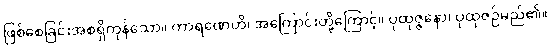
ဖြစ်စေခြင်းအစရှိကုန်သော။ ကာရဏေဟိ၊ အကြောင်းတို့ကြောင့်။ ပုထုဇ္ဇနော၊ ပုထုဇဉ်မည်၏။